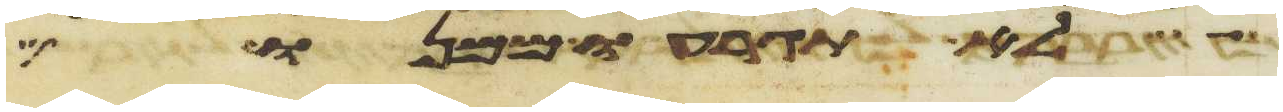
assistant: לא תגרעו ממנו